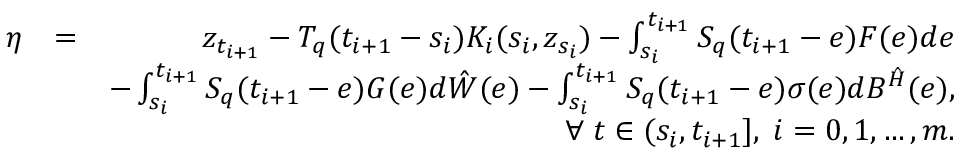
\begin{array} { r l r } { \eta } & { = } & { z _ { t _ { i + 1 } } - { \cal T } _ { q } ( t _ { i + 1 } - s _ { i } ) { \cal K } _ { i } ( s _ { i } , z _ { s _ { i } } ) - \int _ { s _ { i } } ^ { t _ { i + 1 } } { \cal S } _ { q } ( t _ { i + 1 } - e ) { \cal F } ( e ) d e } \\ & { } & { - \int _ { s _ { i } } ^ { t _ { i + 1 } } { \cal S } _ { q } ( t _ { i + 1 } - e ) { \cal G } ( e ) d \hat { \cal W } ( e ) - \int _ { s _ { i } } ^ { t _ { i + 1 } } { \cal S } _ { q } ( t _ { i + 1 } - e ) \sigma ( e ) d { \cal B } ^ { \hat { \cal H } } ( e ) , } \\ & { } & { \forall \; t \in ( s _ { i } , t _ { i + 1 } ] , \; i = 0 , 1 , \ldots , m . } \end{array}